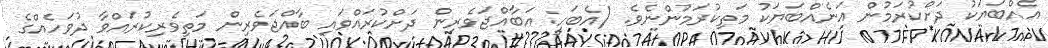
އެއްބަޔަކު ދަށްކުރަމުން އަނެއްބަޔަކު މަތިކުރަމުންނެވެ. (އެބަހީ: އަބާއްޖަވެރިން ދަށްކުރައްވައި ބާއްޖަވެރިން މަތިވެރިކުރައްވާ ދުވަހެއްގެ